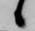
候